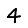
Digit: 4